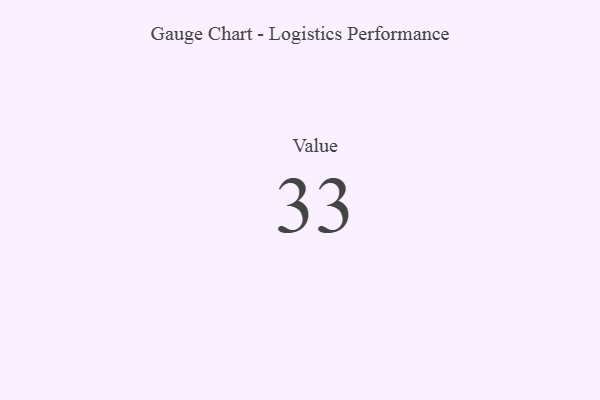
{"axis": {"x": "Metric", "y": "Value"}, "legend": [""], "data": [{"x": "Value", "y": 33, "type": ""}]}